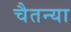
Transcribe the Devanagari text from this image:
चैतन्या